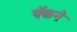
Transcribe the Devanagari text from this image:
पॅकने